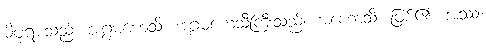
မိဖုရားသည်။ အဂ္ဂမဟေသိ၊ အဂ္ဂမဟေသီကြီးသည်။ အဟောသိ၊ ဖြစ်၏။ အဿ၊